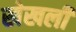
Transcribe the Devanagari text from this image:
खेखली